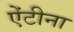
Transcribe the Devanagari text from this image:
ऐंटीना